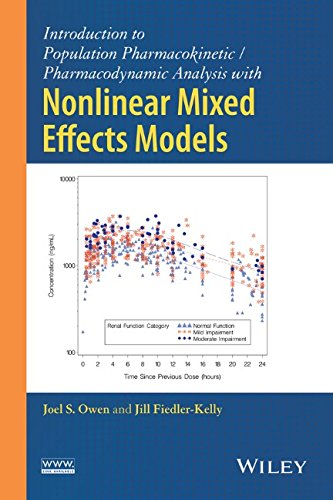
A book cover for Introduction to Population Pharmacokinetic / Pharmacodynamic Analysis with Nonlinear Mixed Effects Models; Joel S. Owen; Medical Books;